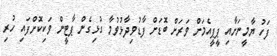
ފަހު ޔާމީނަށާއި ޕީޕީއެމަށް ވަރަށް ބޮޑަށް ފާޑުވިދާޅުވުމާ ގުޅިގެން ޕާޓީން ވަކިކޮށްފައި ހުރި